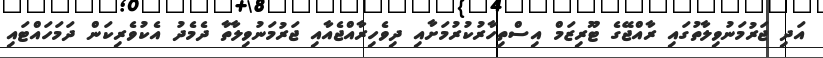
އަދި ޖަރުމަނުވިލާތުގައި ރާއްޖޭގެ ޓޫރިޒަމް އިސްތިހާރުކުރުމަށާއި ދިވެހިރާއްޖެއާއި ޖަރުމަނުވިލާތާ ދެމެދު އެކުވެރިކަން ދަމަހައްޓައި